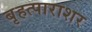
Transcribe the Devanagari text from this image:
बृहत्पाराशर